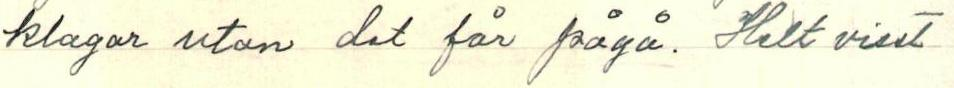
klagar utan det får pågå. Helt visst